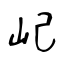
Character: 屺